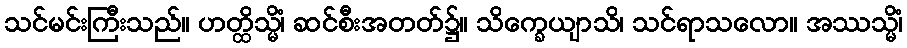
သင်မင်းကြီးသည်။ ဟတ္ထိသ္မိံ၊ ဆင်စီးအတတ်၌။ သိက္ခေယျာသိ၊ သင်ရာသလော။ အဿသ္မိံ၊